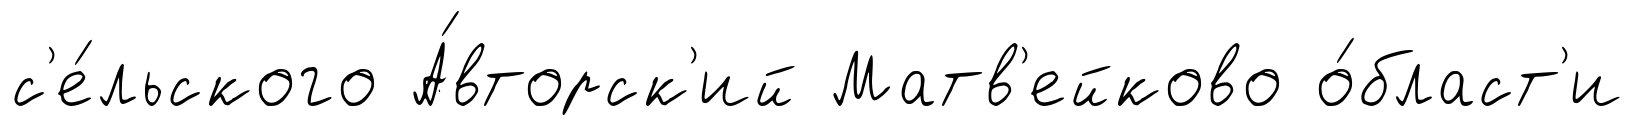
с'е́льского А́вторск'ий Матв'ейково о́бласт'и